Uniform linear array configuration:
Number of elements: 24
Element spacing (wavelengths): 0.25
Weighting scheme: uniform
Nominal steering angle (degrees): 30
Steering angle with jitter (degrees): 30.109
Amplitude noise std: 0.05
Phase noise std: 0.05

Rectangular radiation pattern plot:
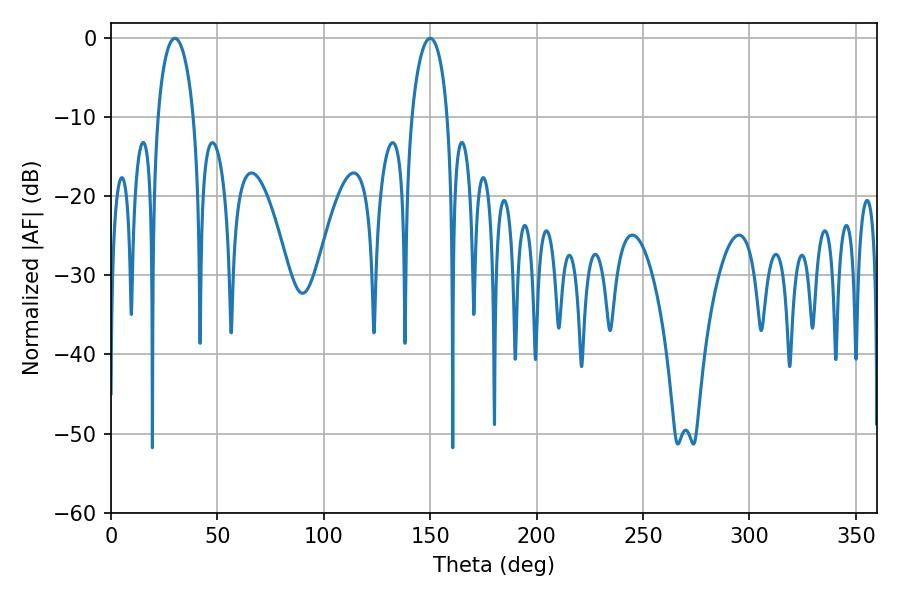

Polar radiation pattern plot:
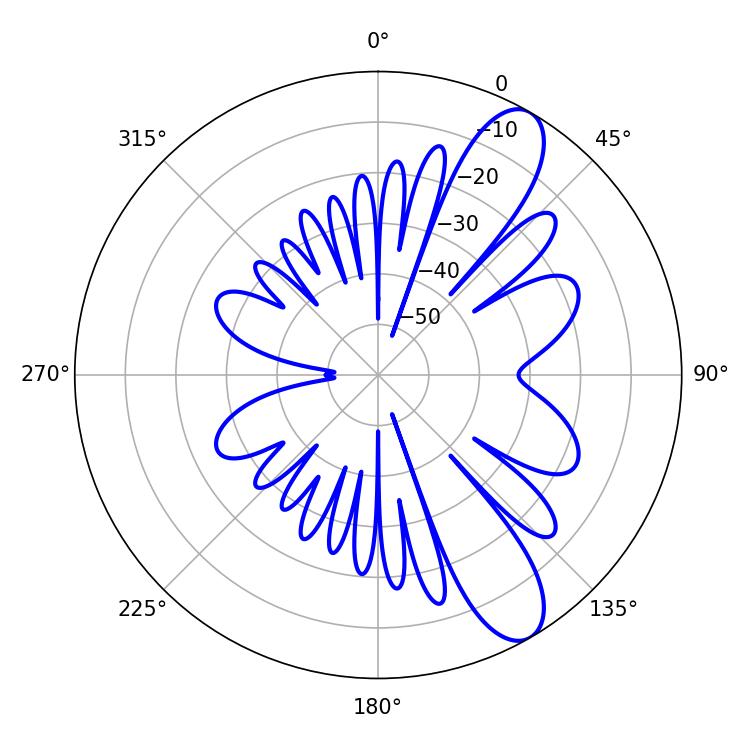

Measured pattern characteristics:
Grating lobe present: FALSE
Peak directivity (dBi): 10.143
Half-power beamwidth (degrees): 9.54
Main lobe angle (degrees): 30.06